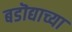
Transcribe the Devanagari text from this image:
बडॊद्याच्या